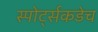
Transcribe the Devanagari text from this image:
स्पोर्ट्सकडेच